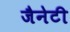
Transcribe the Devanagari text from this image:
जैनेटी